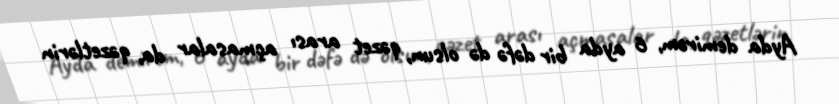
Ayda demirəm, 6 ayda bir dəfə də olsun, qəzet arası açmasalar da, qəzetlərin